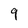
Character: 9